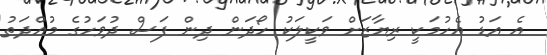
އެ އަޑު އެހުމަކީ ރިޔާޒަށް ވަކީލަކު ހޯދަން ދިން ފަސް ދުވަހުގެ މުއްދަތު